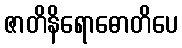
ဇာတိနိရောဓောတိပေ